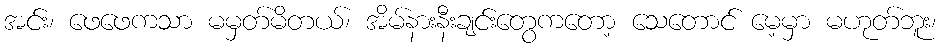
အင်း၊ ဖေဖေကသာ မမှတ်မိတယ်၊ အိမ်နားနီးချင်းတွေကတော့ သေတောင် မေ့မှာ မဟုတ်ဘူး၊